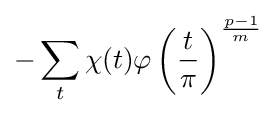
-\sum _{t}\chi (t)\varphi \left({\frac {t}{\pi }}\right)^{\frac {p-1}{m}}